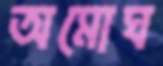
অমোঘ